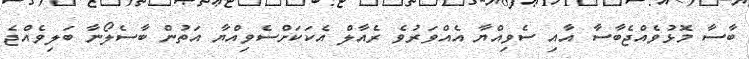
ބާސާ މޮޅުވެއްޖެބާސާ އާއި ސެވިއްޔާ އެއްވަރުވެ ރެއާލް އެކަކަށްސެވިއްޔާ އަތުން ބާސެލޯނާ ބަލިވެއްޖެ